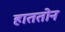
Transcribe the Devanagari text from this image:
हाततोन